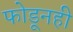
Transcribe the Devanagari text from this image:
फोडूनही